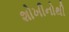
શોખીનોથી